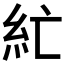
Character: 𰫘